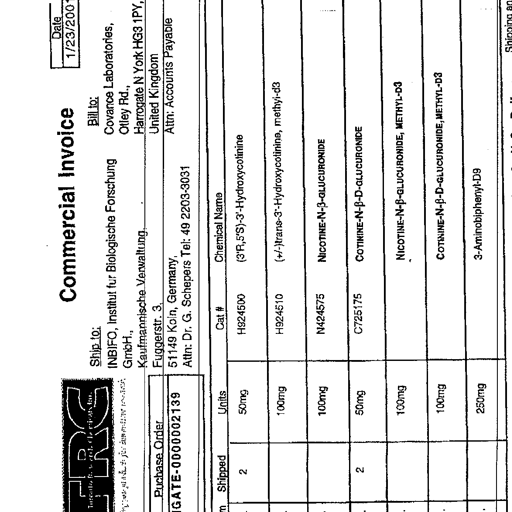
Date
1/23/2001
Commercial Invoice
Ship to:
INBIFO, Institut fur Biologische Forschung
GmbH,
Kaufmannische Verwaltung,
Fuggerstr. 3,
51149 Koln, Germany
Attn: Dr. G. Schepers Tel: 49 2203-3031
Bill to:
Covance Laboratories,
Otley Rd.,
Harrogate N York HG3 1PY,
United Kingdom
Attn: Accounts Payable
Puchase Order
GATE-0000002139
Shipped
Units
Cat #
Chemical Name
2
50mg
H924500
(3'R,5'S)-3'-Hydroxycotinine
100mg
H924510
(+/-)-trans-3'-Hydroxycotinine, methyl-d3
100mg
N424575
NICOTINE-N-B-GLUCURONIDE
2
50mg
C725175
COTININE-N-B-D-GLUCURONIDE
100mg
NICOTINE-N-B-GLUCURONIDE, METHYL-D3
100mg
COTININE-N-B-D-GLUCURONIDE, METHYL-D3
250mg
3-Aminobiphenyl-D9